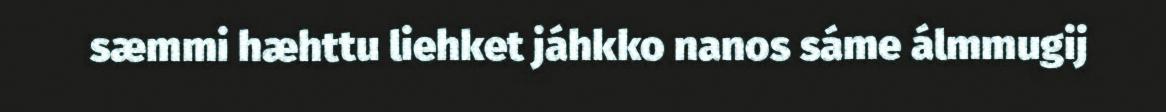
sæmmi hæhttu liehket jáhkko nanos sáme álmmugij